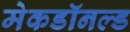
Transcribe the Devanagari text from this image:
मेकडॉनल्ड